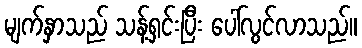
မျက်နှာသည် သန့်ရှင်းပြီး ပေါ်လွင်လာသည်။